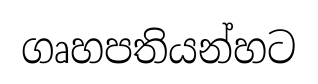
ගෘහපතියන්හට